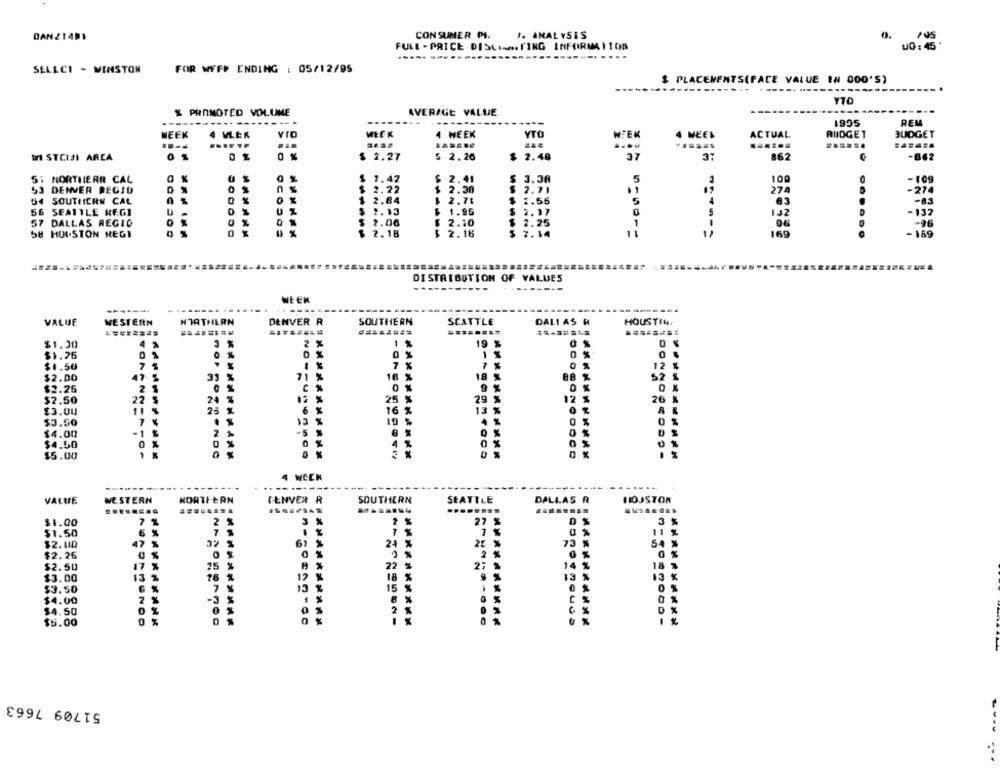
DAN21491
CONSUMER PI
1. ANALYSIS
FULL-PRICE DISC .... FING INFORMATION
UO : 45 "
.....
SELLCI - WINSTON
FOR WFF# ENDING : 05/12/95
$ PLACEMENTS(FACE VALUE IN 000'S)
YTO
% PROMOTED VOLUME
AVERAGE VALUE
----------- --------
1995
REM
MEEK
WEEK
4 VLEK
4 WEEK
YTO
HFEK
WEEK
ACTUAL
ANDGET
BUDGET
......
C
ul STCISI ARCA
0 %
$ 2.27
$ 2.26
2.48
862
-662
3.3A
100
51 NORTHIERR CAL
$ 1.42
$ 2.41
5
-10g
3 DENVER REGIO
n
2.22
$ 2.30
2.71
274
-274
54 SOUTHERN CAL
0 %
$ 2.84
$ 2.71
2.55
83
- 83
56 SEATTLE KEGI
2.13
$ 1.95
$
2.17
132
-137
57 DALLAS REGIO
$ 2.06
$ 2.20
2.25
-96
1
58 HOUSTON REGI
2.18
$ 2.16
7.14
11
169
-169
DISTRIBUTION OF VALUES
---
WEEM
-------- ------
-----
---------
VALUE
WESTERN
HTATHERN
DENVER R
SOUTHERN
SEATTLE
DALI AS H
HOUSTIN
........
$1.30
4 %
3 %
2 %
$1.26
0 %
0
$1.50
7 5
7 %
7 %
0 %
12 %
$2.00
33
71 %
%
18 %
52
$2.26
C %
0 %
$2.50
22
5
24
25
%
29 %
12
26
13
$3.00
25
6
16
$3.50
7
13
19
2
-5
$4.00
$4.50
$5.00
4 WCCK
---
------
----
----------
VALUE
WESTERN
NORTHERN
GENVER R
SOUTHERN
SEATTLE
DALLAS R
HOUSTON
$1.00
7 %
2 %
3 %
2 %
27
6 %
7 5
7 %
0 %
11 %
$1.50
$2.00
47 %
32 %
61 %
24 %
73
%
54 %
$2.26
0 %
2
0 %
$2.50
17
%
25
%
%
22
27
1.
18
$3.00
13
16 %
12 %
18 %
13
13
$3.50
6 %
7 %
13 %
15 %
0 %
$4.00
-3
%
8 %
2
$4.50
$5.00
51709 7663